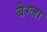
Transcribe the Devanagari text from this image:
बेग्ला